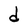
Character: d